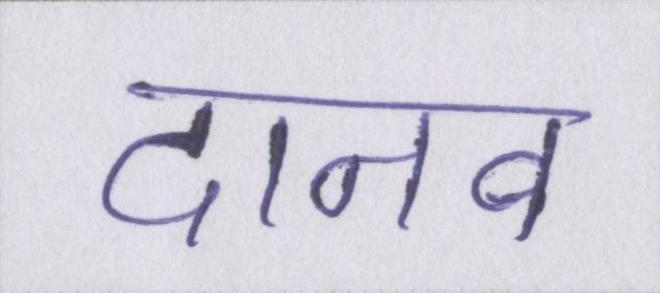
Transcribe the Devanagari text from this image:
दानव